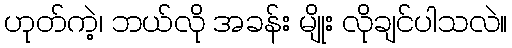
ဟုတ်ကဲ့၊ ဘယ်လို အခန်း မျိုး လိုချင်ပါသလဲ။